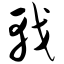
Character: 戟